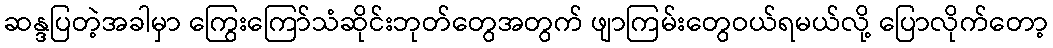
ဆန္ဒပြတဲ့အခါမှာ ကြွေးကြော်သံဆိုင်းဘုတ်တွေအတွက် ဖျာကြမ်းတွေဝယ်ရမယ်လို့ ပြောလိုက်တော့